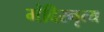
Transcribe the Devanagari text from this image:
मंदिरनृत्य